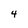
Character: 4